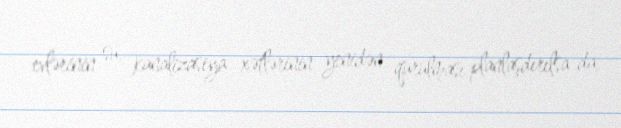
evlərinin su, kanalizasiya xətlərinin yenidən qurulması planlaşdırılsa da,